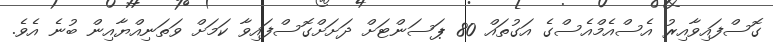
ގޮސްފައިވާއިރު އެސްއެމްއެސްގެ އަގުތައް 80 ޕަސަންޓަށް ދަށަށްގޮސްފައިވާ ކަމަށް ވަތަނިއްޔާއިން ބުނެ އެވެ.